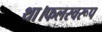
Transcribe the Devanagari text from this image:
था।फलस्वरूप